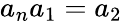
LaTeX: a_{n}a_{1}=a_{2}